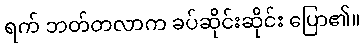
ရက် ဘတ်တလာက ခပ်ဆိုင်းဆိုင်း ပြော၏။